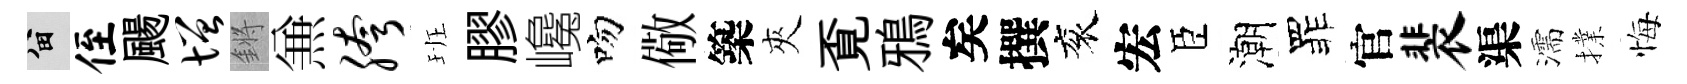
留侄颺增鏘𠔥胯班膠巉吻儆築夾覔鴉矣撰衮宏臣潮罪官裴渠濡擈悔